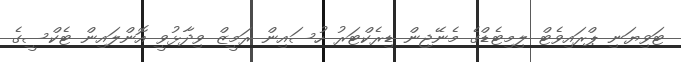
ޓަވިޔަނި ޕްރައިވެޓް ލިމިޓެޑްގެ މެނޭޖިން ޑިރެކްޓަރު ހުސައިން ރަމީޒް ވިދާޅުވީ އޮންލައިން ޓެކްސީގެ